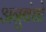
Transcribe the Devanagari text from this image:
अनुबंधो